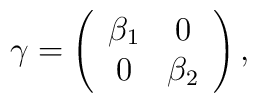
\gamma = \left( \begin{array}{cc}\beta_1 & 0 \\0 & \beta_2\end{array} \right),